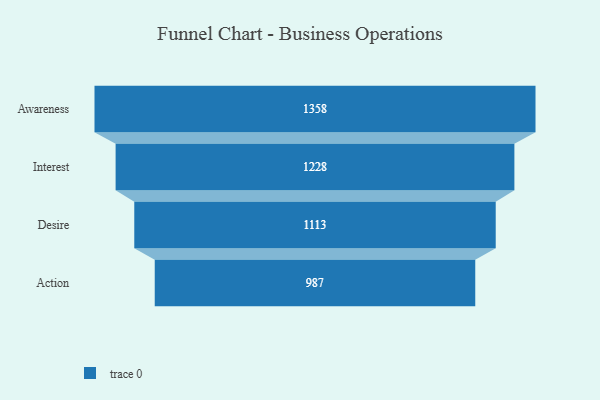
{"axis": {"x": "Stage", "y": "Value"}, "legend": [""], "data": [{"x": "Awareness", "y": 1358.0, "type": ""}, {"x": "Interest", "y": 1228.0, "type": ""}, {"x": "Desire", "y": 1113.0, "type": ""}, {"x": "Action", "y": 987.0, "type": ""}]}